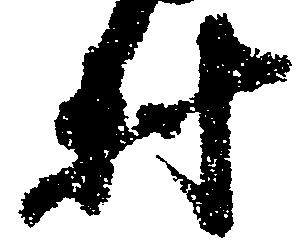
村